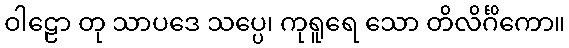
ဝါဠော တု သာပဒေ သပ္ပေ၊ ကုရူရေ သော တိလိင်္ဂိကော။